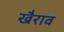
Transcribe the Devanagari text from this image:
खैराव